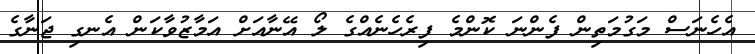
އެހެނަސް މަގުމަތިން ފެންނަ ކޮންމެ ފިރެހެނެއްގެ ލޯ އޭނާއަށް އަމާޒުވާކަން އެނގި ޖަނާގެ